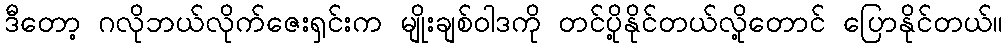
ဒီတော့ ဂလိုဘယ်လိုက်ဇေးရှင်းက မျိုးချစ်ဝါဒကို တင်ပို့နိုင်တယ်လို့တောင် ပြောနိုင်တယ်။